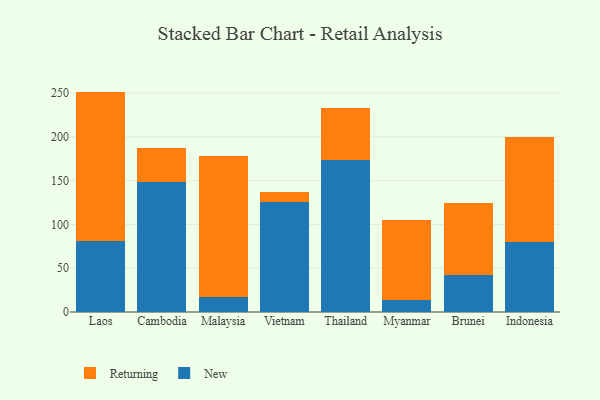
{"axis": {"x": "Country", "y": "Market Share (%)"}, "legend": ["New", "Returning"], "data": [{"x": "Laos", "y": 81.5, "type": "New"}, {"x": "Laos", "y": 170.2, "type": "Returning"}, {"x": "Cambodia", "y": 148.8, "type": "New"}, {"x": "Cambodia", "y": 38.2, "type": "Returning"}, {"x": "Malaysia", "y": 17.1, "type": "New"}, {"x": "Malaysia", "y": 161.1, "type": "Returning"}, {"x": "Vietnam", "y": 125.7, "type": "New"}, {"x": "Vietnam", "y": 10.8, "type": "Returning"}, {"x": "Thailand", "y": 173.2, "type": "New"}, {"x": "Thailand", "y": 59.9, "type": "Returning"}, {"x": "Myanmar", "y": 13.9, "type": "New"}, {"x": "Myanmar", "y": 91.6, "type": "Returning"}, {"x": "Brunei", "y": 42.4, "type": "New"}, {"x": "Brunei", "y": 81.9, "type": "Returning"}, {"x": "Indonesia", "y": 79.7, "type": "New"}, {"x": "Indonesia", "y": 119.6, "type": "Returning"}]}